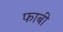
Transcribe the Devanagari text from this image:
फाबी